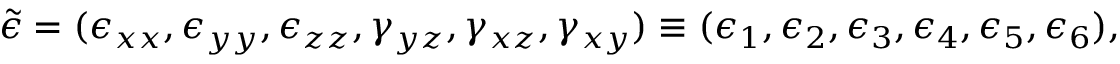
{ \tilde { \epsilon } } = ( \epsilon _ { x x } , \epsilon _ { y y } , \epsilon _ { z z } , \gamma _ { y z } , \gamma _ { x z } , \gamma _ { x y } ) \equiv ( \epsilon _ { 1 } , \epsilon _ { 2 } , \epsilon _ { 3 } , \epsilon _ { 4 } , \epsilon _ { 5 } , \epsilon _ { 6 } ) ,